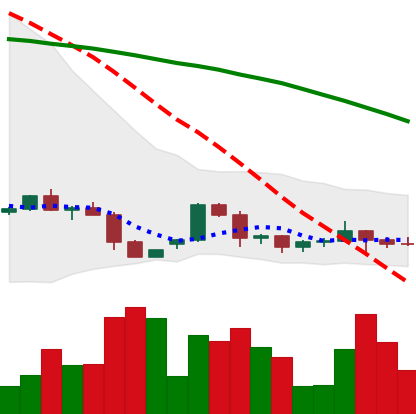
Ticker: ETH-USD
Chart end date: 2022-06-09
Forward return: -32.303%
Label: down_7plus